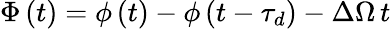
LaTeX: \Phi\left(t\right)=\phi\left(t\right)-\phi\left(t-\tau_{d}\right)-\Delta\Omega\, t